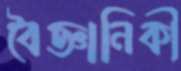
বৈজ্ঞানিকী